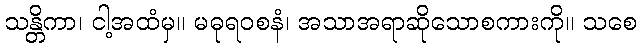
သန္တိကာ၊ ငါ့အထံမှ။ မဓုရဝစနံ၊ အသာအရာဆိုသောစကားကို။ သစေ